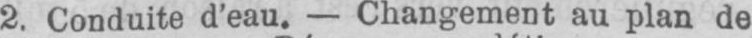
2. Conduite d’eau. - Changement au plan de